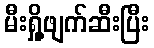
မီးရှို့ဖျက်ဆီးပြီး